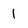
Character: 1